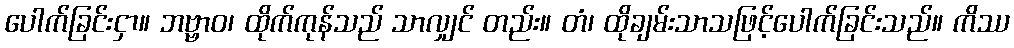
ပေါက်ခြင်းငှာ။ ဘဗ္ဗာဝ၊ ထိုက်ကုန်သည် သာလျှင် တည်း။ တံ၊ ထိုချမ်းသာသဖြင့်ပေါက်ခြင်းသည်။ ကိဿ